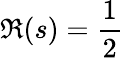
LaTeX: \Re(s)={\frac{1}{2}}